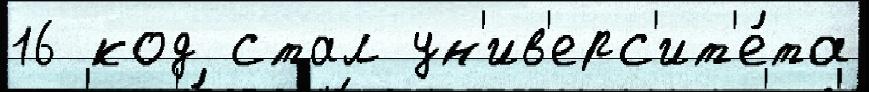
16 код стал ун'ив'ерс'ит'е́та